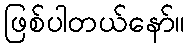
ဖြစ်ပါတယ်နော်။